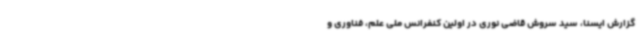
گزارش ایسنا، سید سروش قاضی نوری در اولین کنفرانس ملی علم، فناوری و